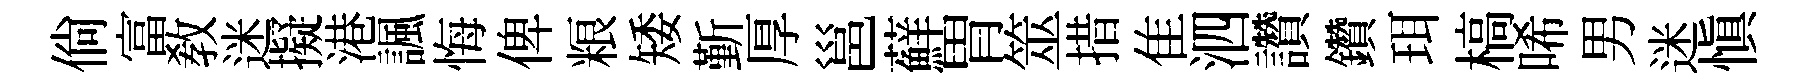
倘富敎迷擬港諷悔俾粮矮斳厚邕蘚胃筮措隹泗讚鑽珥槁唏男迷愼